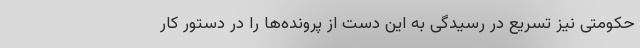
حکومتی نیز تسریع در رسیدگی به این دست از پرونده‌ها را در دستور کار